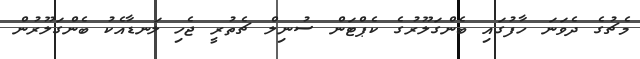
މެޗުގެ ދެވަނަ ހާފުގައި ބެންގަލޫރުގެ ކެޕްޓަން ސުނިލް ޗެތުރީ ޖެހި ލަނޑާއެކު ބެންގަލޫރުން